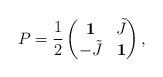
LaTeX: \begin{align*}P=\frac{1}{2} \left( \begin{matrix}\mathbf{1} & \tilde{J} \\ -\tilde{J} & \mathbf{1}\end{matrix} \right),\end{align*}